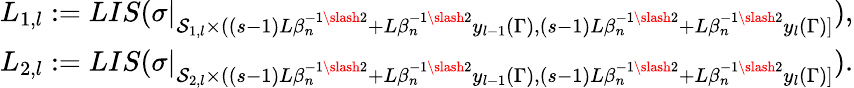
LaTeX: \begin{array}{r}{L_{1,l}:=LIS(\sigma|_{\mathcal{S}_{1,l}\times((s-1)L\beta_{n}^{-1\slash 2}+L\beta_{n}^{-1\slash 2}y_{l-1}(\Gamma),(s-1)L\beta_{n}^{-1\slash 2}+L\beta_{n}^{-1\slash 2}y_{l}(\Gamma)]}),}\\ {L_{2,l}:=LIS(\sigma|_{\mathcal{S}_{2,l}\times((s-1)L\beta_{n}^{-1\slash 2}+L\beta_{n}^{-1\slash 2}y_{l-1}(\Gamma),(s-1)L\beta_{n}^{-1\slash 2}+L\beta_{n}^{-1\slash 2}y_{l}(\Gamma)]}).}\end{array}